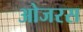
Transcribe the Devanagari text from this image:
ओजरस